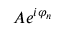
A e ^ { i \varphi _ { n } }